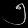
Digit: ၅